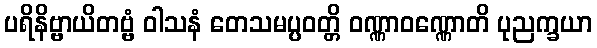
ပရိနိဗ္ဗာယိတဗ္ဗံ ဝါသနံ တေသမပ္ပဝတ္တိ ဝဏ္ဏာဝဏ္ဏောတိ ပုညက္ခယာ